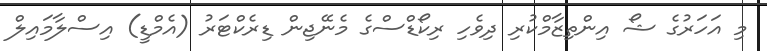
މި އަހަރުގެ ޝޯ އިންތިޒާމްކުރި ދިވެހި ރިކޯޑްސްގެ މެނޭޖިން ޑިރެކްޓަރު (އެމްޑީ) އިސްލާމައިލް